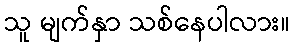
သူ မျက်နှာ သစ်နေပါလား။